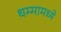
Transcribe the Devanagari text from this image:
धम्मामध्ये